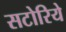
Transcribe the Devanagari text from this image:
सटोरिये